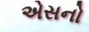
એસનો